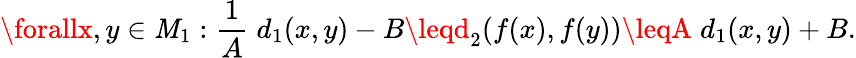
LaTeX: \forallx,y\in\mathit{M}_{1}:{\frac{{1}}{{A}}}\; d_{1}(x,y)-B\leqd_{2}(f(x),f(y))\leqA\; d_{1}(x,y)+B.